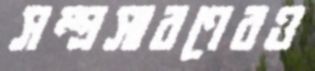
সম্প্রসারণেরও